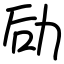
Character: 劶